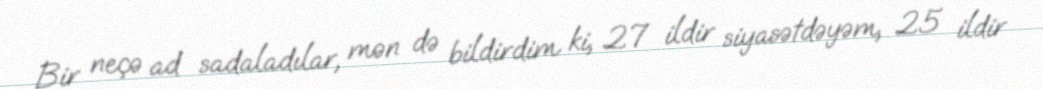
Bir neçə ad sadaladılar, mən də bildirdim ki, 27 ildir siyasətdəyəm, 25 ildir